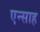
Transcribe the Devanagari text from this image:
एन्साह